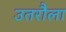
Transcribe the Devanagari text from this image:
उतरौला